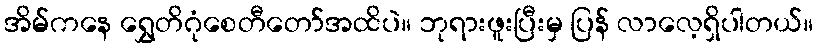
အိမ်ကနေ ရွှေတိဂုံစေတီတော်အထိပဲ။ ဘုရားဖူးပြီးမှ ပြန် လာလေ့ရှိပါတယ်။